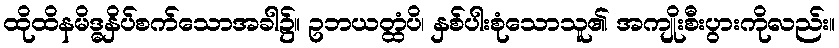
ထိုထိနမိဒ္ဓနှိပ်စက်သောအခါ၌။ ဥဘယတ္ထံပိ၊ နှစ်ပါးစုံသောသူ၏ အကျိုးစီးပွားကိုလည်း။